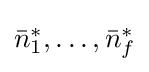
{\textstyle {\bar {n}}_{1}^{\ast },\ldots ,{\bar {n}}_{f}^{\ast }}